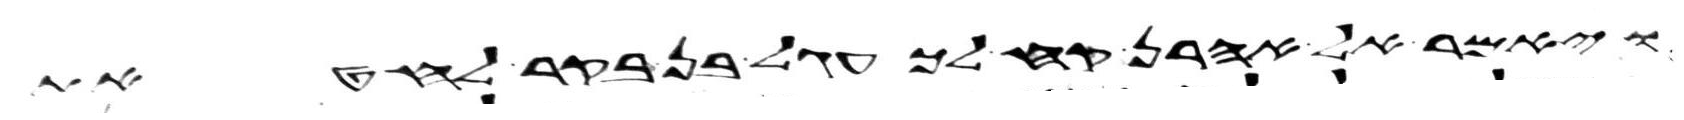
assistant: ויאמר אל אהרן קח לך עגל בן בקר לחטאת